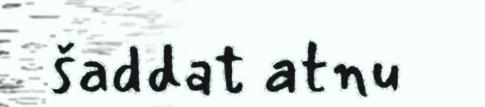
šaddat atnu